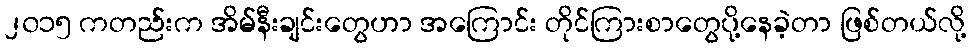
၂၀၁၅ ကတည်းက အိမ်နီးချင်းတွေဟာ အကြောင်း တိုင်ကြားစာတွေပို့နေခဲ့တာ ဖြစ်တယ်လို့